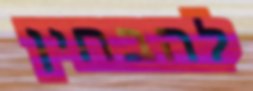
להבחין